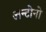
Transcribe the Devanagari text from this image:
अन्टोनो